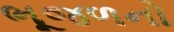
ભૂજળનો